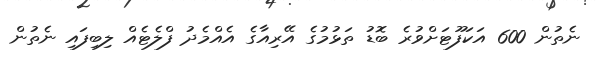
ނެތުން 600 އަކަފޫޓަށްވުރެ ބޮޑު ތަޅުމުގެ އޭރިއާގެ އެއްމެދު ފްލެޓެއް ލިބިފައި ނެތުން